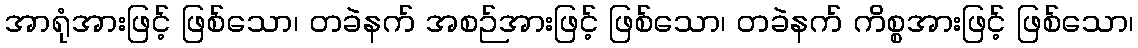
အာရုံအားဖြင့် ဖြစ်သော၊ တခဲနက် အစဉ်အားဖြင့် ဖြစ်သော၊ တခဲနက် ကိစ္စအားဖြင့် ဖြစ်သော၊